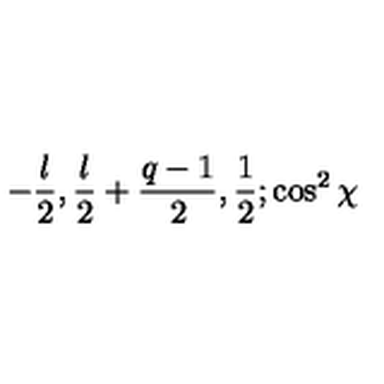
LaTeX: - { \frac { l } { 2 } } , { \frac { l } { 2 } } + { \frac { q - 1 } { 2 } } , { \frac { 1 } { 2 } } ; \cos ^ { 2 } \chi